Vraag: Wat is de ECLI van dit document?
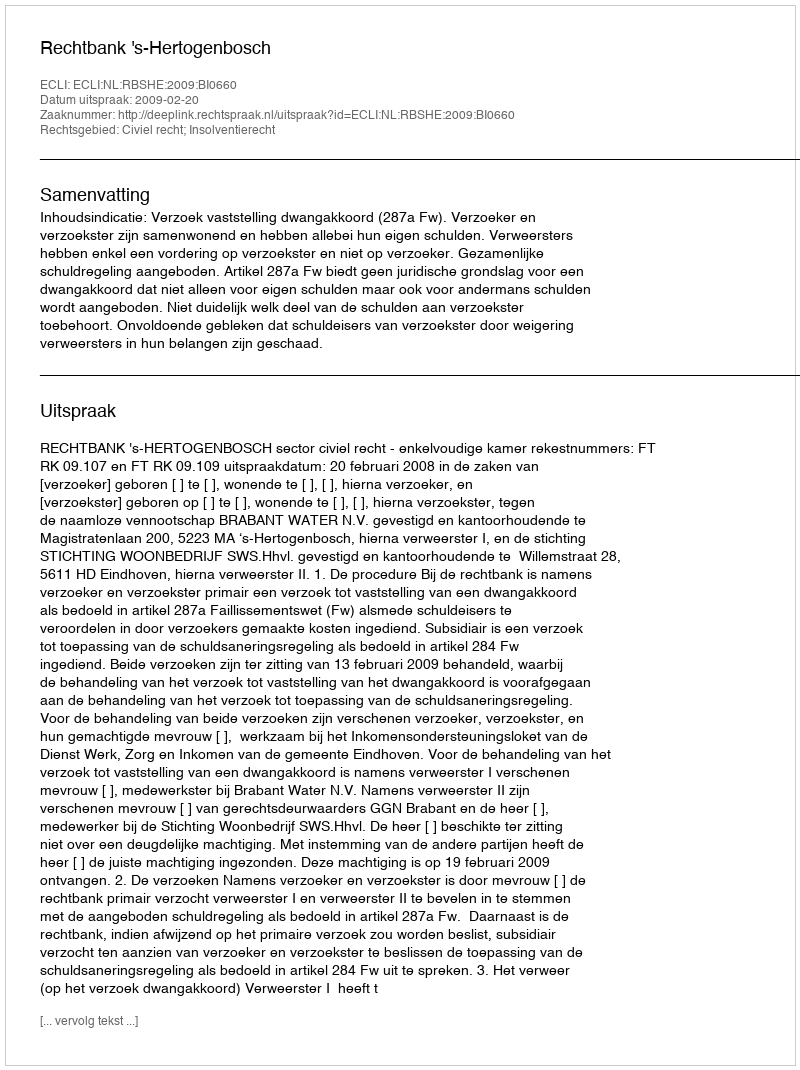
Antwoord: ECLI:NL:RBSHE:2009:BI0660